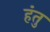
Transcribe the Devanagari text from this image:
हंतु